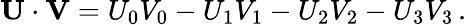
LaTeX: \mathbf{U}\cdot\mathbf{V}=U_{0}V_{0}-U_{1}V_{1}-U_{2}V_{2}-U_{3}V_{3}\, .